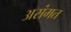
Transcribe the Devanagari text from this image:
असंमत